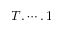
T , \cdots , 1